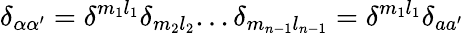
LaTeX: \delta_{\alpha\alpha^{\prime}}=\delta^{m_{1}l_{1}}\delta_{m_{2}l_{2}}...\delta_{m_{n-1}l_{n-1}}=\delta^{m_{1}l_{1}}\delta_{aa^{\prime}}